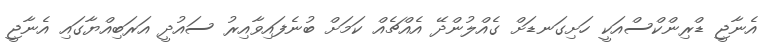
އެނާޖީ ޑްރިންކްސްއަކީ ހަށިގަނޑަށް ގެއްލުންދޭ އެއްޗެއް ކަމަށް ބުނެފައިވާއިރު ސައުދީ އަރަބިއްޔާގައި އެނާޖީ